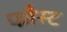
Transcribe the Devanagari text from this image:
फौस्ट